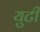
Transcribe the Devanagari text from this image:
युटी